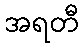
အရတီ